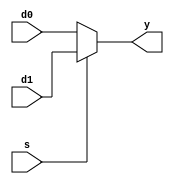
// This program was cloned from: https://github.com/the-pinbo/MIPS-5-Stage-Pipeline-Project
// License: MIT License

module M_MUX_2 #(
    parameter WIDTH = 8
)(  input [WIDTH-1:0] d0, d1,
    input s,
    output[WIDTH-1:0] y);

    assign y = s ? d1 : d0;

endmodule